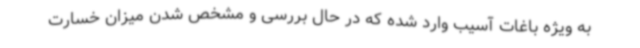
به ویژه باغات آسیب وارد شده که در حال بررسی و مشخص شدن میزان خسارت